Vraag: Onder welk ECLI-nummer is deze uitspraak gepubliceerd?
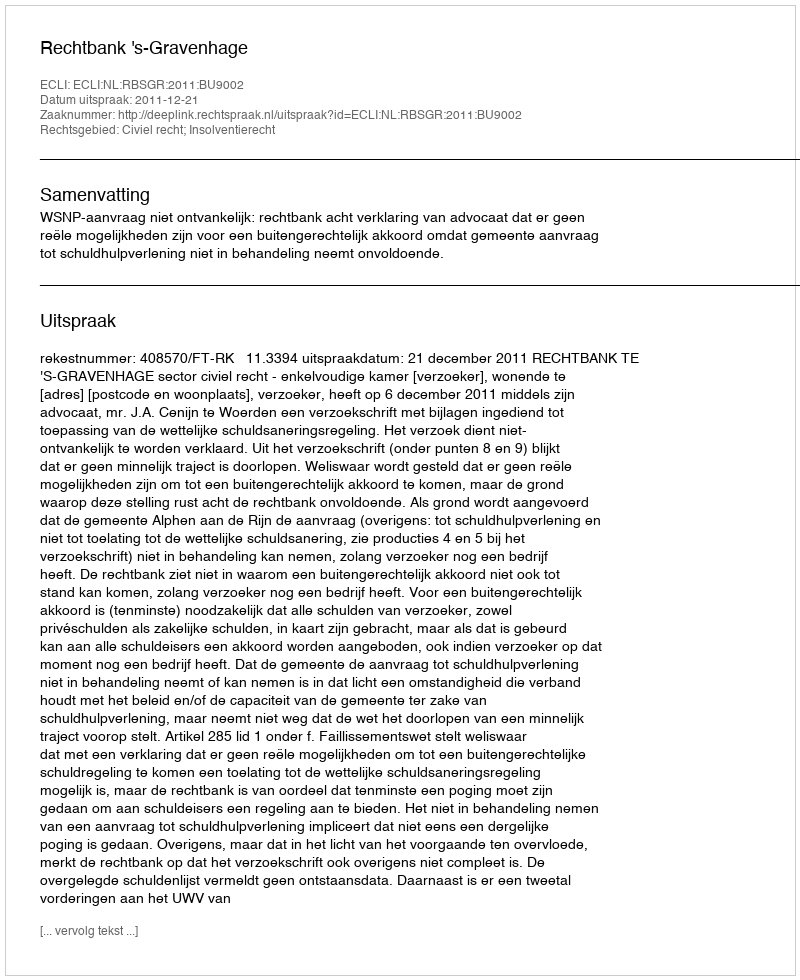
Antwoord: ECLI:NL:RBSGR:2011:BU9002